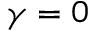
\gamma = 0